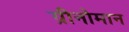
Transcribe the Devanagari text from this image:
ग्रीनोमान